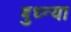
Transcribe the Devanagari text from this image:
बुध्न्या